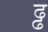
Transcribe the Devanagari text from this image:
ढ्ढ